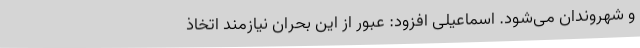
و شهروندان می‌شود. اسماعیلی افزود: عبور از این بحران نیازمند اتخاذ